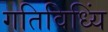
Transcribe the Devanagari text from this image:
गतिविध्यिं